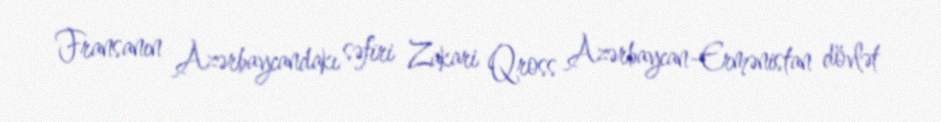
Fransanın Azərbaycandakı səfiri Zakari Qross Azərbaycan-Ermənistan dövlət